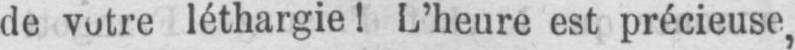
de votre léthargie! L’heure est précieuse,